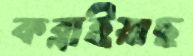
কব্‌লাইয়াছ